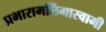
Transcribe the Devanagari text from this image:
प्रभारामलिंगास्वामी